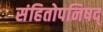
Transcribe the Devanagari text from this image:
संहितोपनिषद्